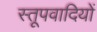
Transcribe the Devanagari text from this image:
स्तूपवादियों